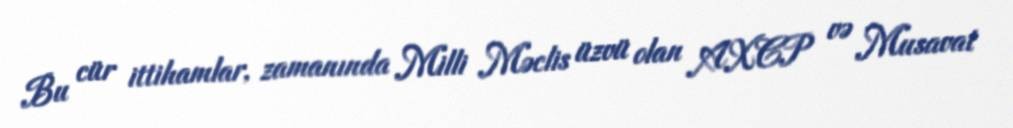
Bu cür ittihamlar, zamanında Milli Məclis üzvü olan AXCP və Musavat